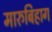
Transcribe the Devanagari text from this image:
मारुबिहाग